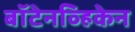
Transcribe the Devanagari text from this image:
बॉटेनव्हिकेन